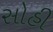
સોહી